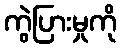
ကွဲပြားမှုကို